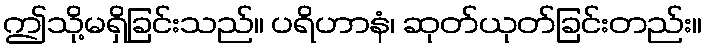
ဤသို့မရှိခြင်းသည်။ ပရိဟာနံ၊ ဆုတ်ယုတ်ခြင်းတည်း။